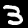
Label: 3